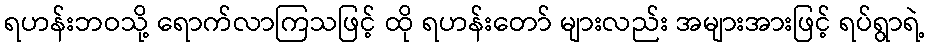
ရဟန်းဘဝသို့ ရောက်လာကြသဖြင့် ထို ရဟန်းတော် များလည်း အများအားဖြင့် ရပ်ရွာရဲ့